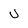
Character: U